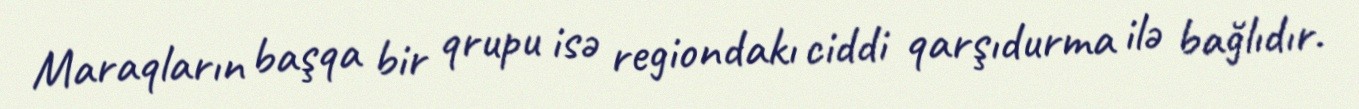
Maraqların başqa bir qrupu isə regiondakı ciddi qarşıdurma ilə bağlıdır.